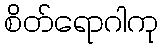
စိတ်ရောဂါကု